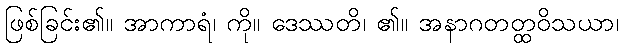
ဖြစ်ခြင်း၏။ အာကာရံ၊ ကို။ ဒေဿတိ၊ ၏။ အနာဂတတ္ထဝိသယာ၊